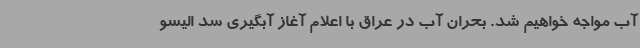
آب مواجه خواهیم شد. بحران آب در عراق با اعلام آغاز آبگیری سد الیسو